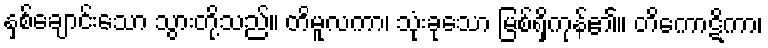
နှစ်ချောင်းသော သွားတို့သည်။ တိမူလကာ၊ သုံးခုသော မြစ်ရှိကုန်၏။ တိကောဋိကာ၊